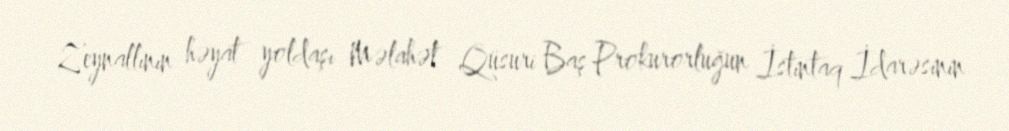
Zeynallının həyat yoldaşı Məlahət Qüsuri Baş Prokurorluğun İstintaq İdarəsinin